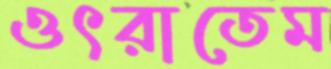
ওৎরাতেম